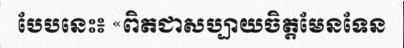
បែបនេះ៖ «ពិតជាសប្បាយចិត្តមែនទែន